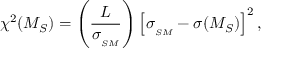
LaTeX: \chi ^ { 2 } ( M _ { S } ) = \left( \frac { L } { \sigma _ { _ { S M } } } \right) \left[ \sigma _ { _ { S M } } - \sigma ( M _ { S } ) \right] ^ { 2 } ,